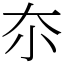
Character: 夵